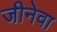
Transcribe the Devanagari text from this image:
जीनेवा